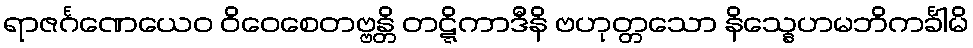
ရာဇင်္ဂဏေယေဝ ဝိဝေစေတဗ္ဗန္တိ တဋ္ဋိကာဒီနိ ဗဟုတ္တသော နိသ္နေဟမဘိကင်္ခါမိ